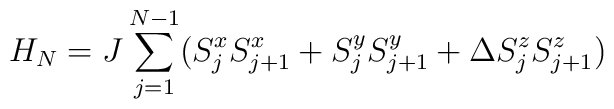
H_N = J \sum _{j=1}^{N-1} (S^x_j S^x_{j+1} + S^y_jS^y_{j+1} + \Delta S^z_j S^z_{j+1})